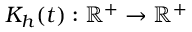
K _ { h } ( t ) : \mathbb { R } ^ { + } \rightarrow \mathbb { R } ^ { + }